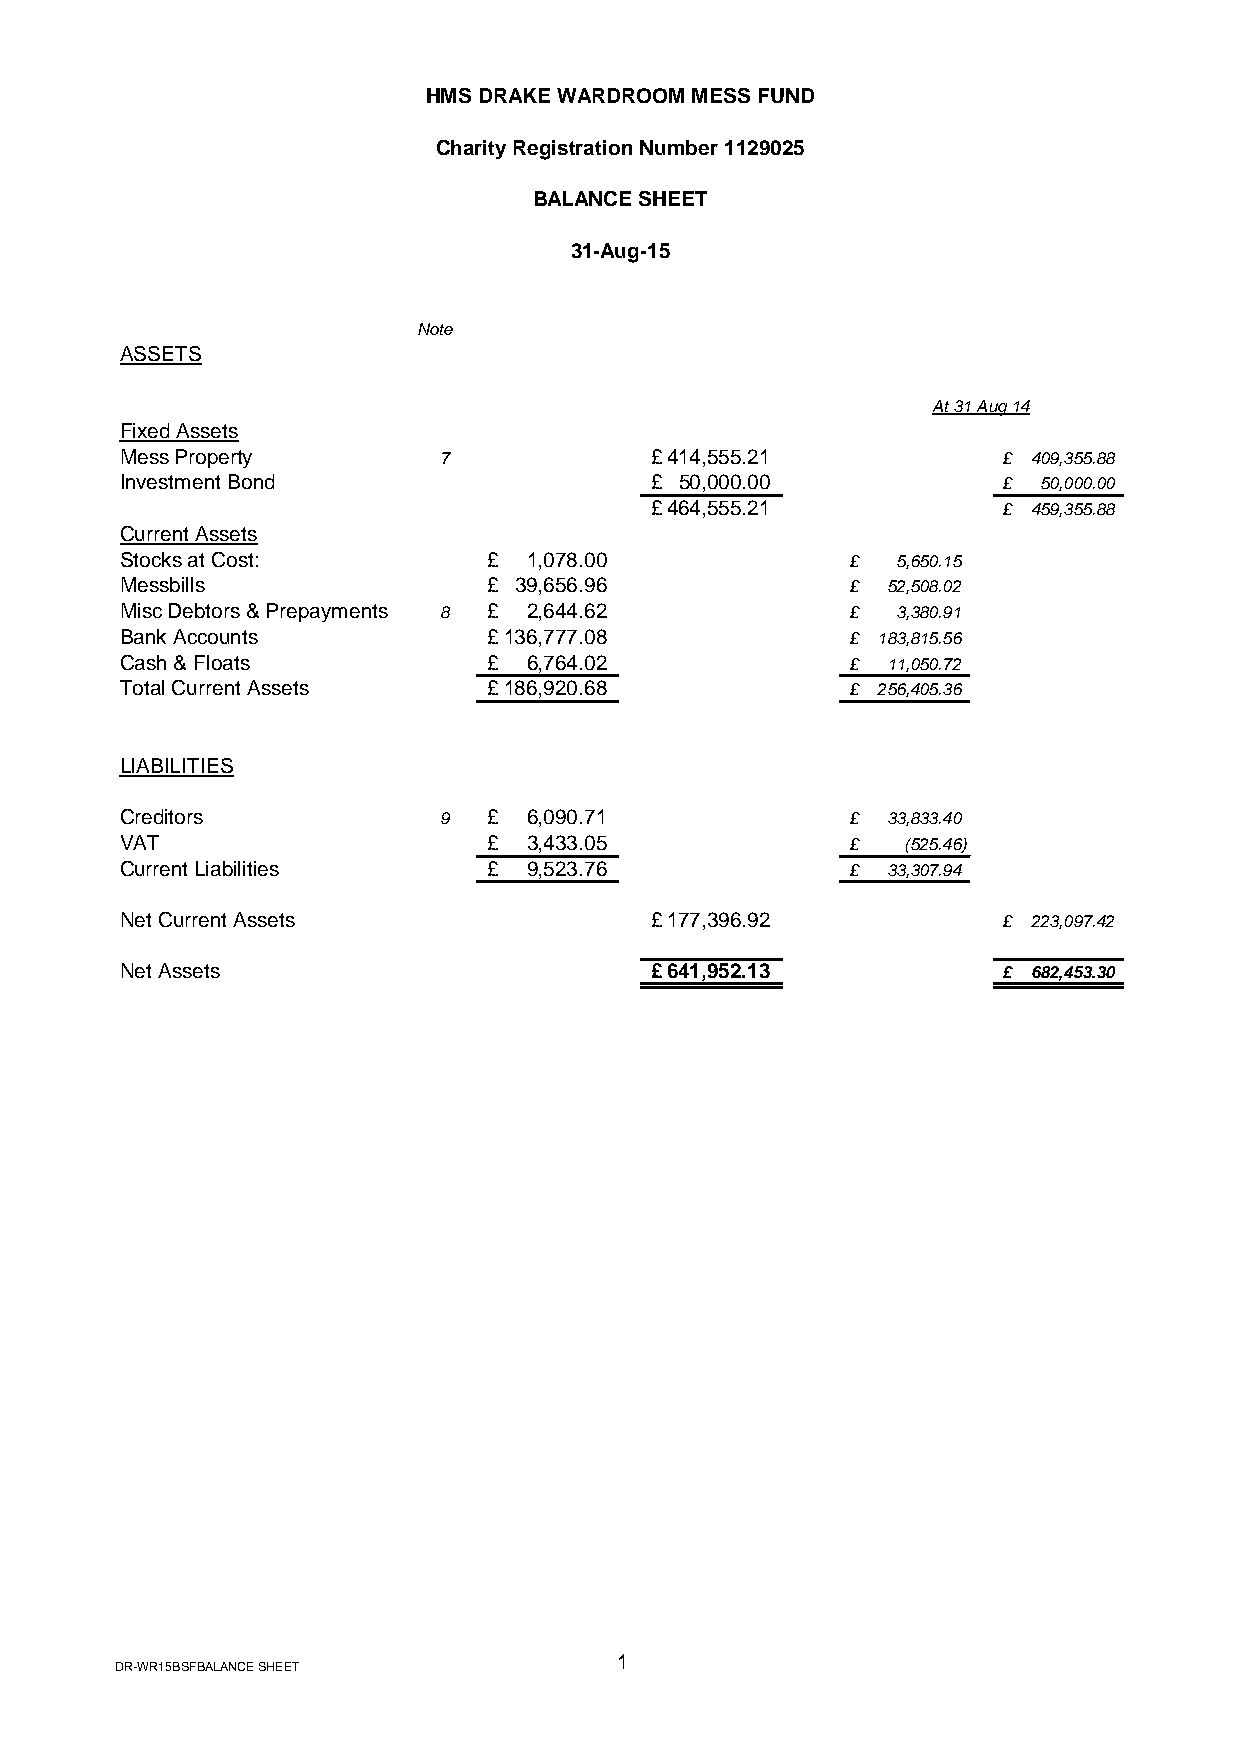
HMS DRAKE WARDROOM MESS FUND
 Charity Registration Number 1129025
 BALANCE SHEET
 31-Aug-15
 Note
 ASSETS
 At 31 Aug 14
 Fixed Assets
 Mess Property        7             £ 414,555.21           £ 409,355.88
 Investment Bond                    £ 50,000.00            £  50,000.00
 £ 464,555.21           £ 459,355.88
 Current Assets
 Stocks at Cost:         £  1,078.00             £  5,650.15
 Messbills               £ 39,656.96             £  52,508.02
 Misc Debtors & Prepayments 8 £ 2,644.62         £  3,380.91
 Bank Accounts           £ 136,777.08            £ 183,815.56
 Cash & Floats           £  6,764.02             £  11,050.72
 Total Current Assets    £ 186,920.68            £ 256,405.36
 LIABILITIES
 Creditors            9  £  6,090.71             £  33,833.40
 VAT                     £  3,433.05             £   (525.46)
 Current Liabilities     £  9,523.76             £  33,307.94
 Net Current Assets                 £ 177,396.92           £ 223,097.42
 Net Assets                         £ 641,952.13           £ 682,453.30
 1
 DR-WR15BSFBALANCE SHEET